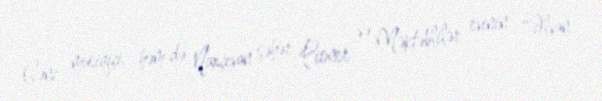
Gənc musiqiçi, həm də Naxçıvan şəhər Pioner və Məktəblilər evinin "Əlvan